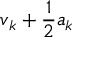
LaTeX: { \boldsymbol { v } } _ { k } + { \frac { 1 } { 2 } } { \boldsymbol { a } } _ { k }